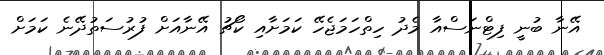
އޭނާ ބުނީ ފިޓްނަސްއާ މެދު ހިތްހަމަޖެހޭ ކަމަށާއި ކޯޗު އޭނާއަށް ފުރުސަތުދޭނެ ކަމަށް